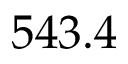
5 4 3 . 4